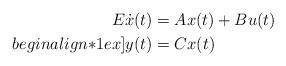
LaTeX: \begin{align*} E \dot{x}(t) & = A x(t) + B u(t) \\begin{align*}1ex] y(t) & = C x(t) \end{align*}